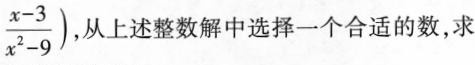
\frac { x - 3 } { x ^ { 2 } - 9 } )$$ 从上述整数解中选择一个合适的数，求